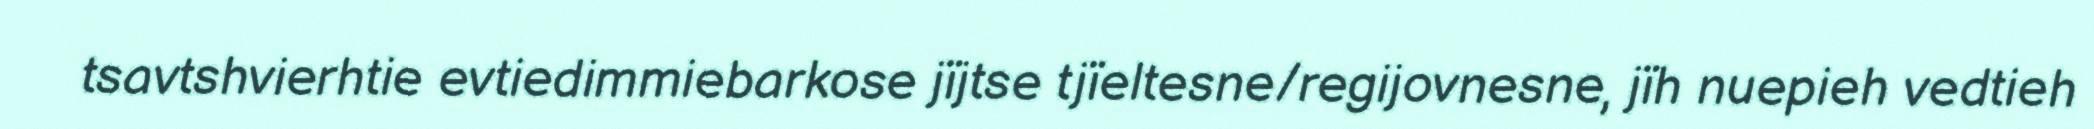
tsavtshvierhtie evtiedimmiebarkose jïjtse tjïeltesne/regijovnesne, jïh nuepieh vedtieh